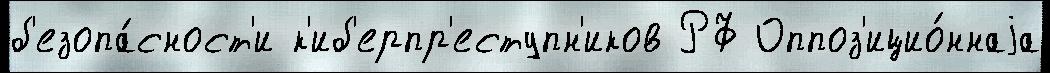
б'езопа́сност'и к'иб'ерпр'еступн'иков РФ Оппоз'ицио́ннаjа